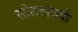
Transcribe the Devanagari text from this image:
सोशलवर्क